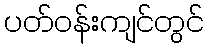
ပတ်ဝန်းကျင်တွင်